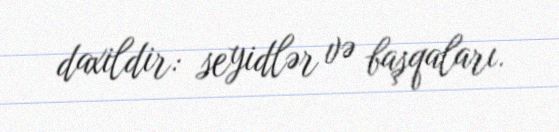
daxildir: seyidlər və başqaları.